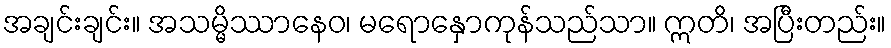
အချင်းချင်း။ အသမ္မိဿာနေဝ၊ မရောနှောကုန်သည်သာ။ ဣတိ၊ အပြီးတည်း။